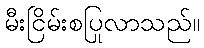
မီးငြိမ်းစပြုလာသည်။